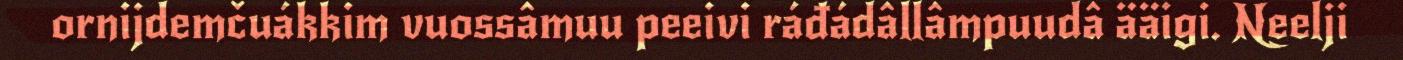
ornijdemčuákkim vuossâmuu peeivi ráđádâllâmpuudâ ääigi. Neelji